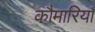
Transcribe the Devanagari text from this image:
कौमारियाँ